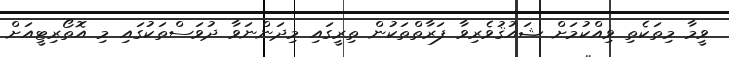
ވީމާ މިތަކެތި ވިއްކުމަށް ޝައުޤުވެރިވާ ފަރާތްތަކުން ތިރީގައި މިދަންނަވާ ދުވަސްތަކުގައި މި އޮތޯރިޓީއަށް